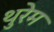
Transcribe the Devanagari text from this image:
थुरेम